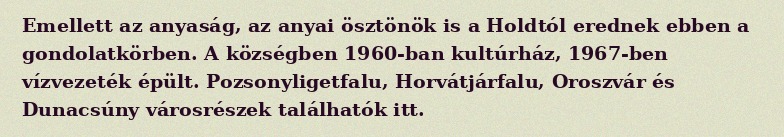
Emellett az anyaság, az anyai ösztönök is a Holdtól erednek ebben a gondolatkörben. A községben 1960-ban kultúrház, 1967-ben vízvezeték épült. Pozsonyligetfalu, Horvátjárfalu, Oroszvár és Dunacsúny városrészek találhatók itt.